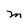
Character: M